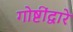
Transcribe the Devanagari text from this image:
गोष्टींद्वारे